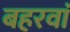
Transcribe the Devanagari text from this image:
बहरवां